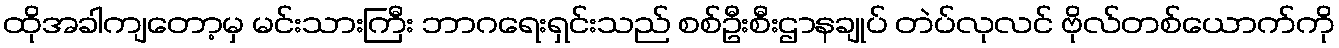
ထိုအခါကျတော့မှ မင်းသားကြီး ဘာဂရေးရှင်းသည် စစ်ဦးစီးဌာနချုပ် တဲပ်လုလင် ဗိုလ်တစ်ယောက်ကို